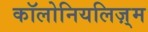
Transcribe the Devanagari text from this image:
कॉलोनियलिज़्म